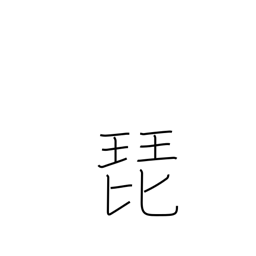
Meaning: glissando on strings